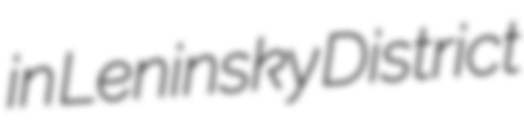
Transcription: in Leninsky District